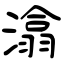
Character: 潝